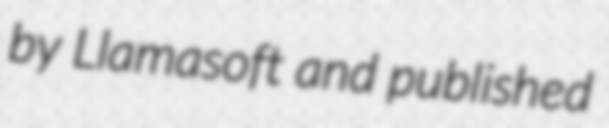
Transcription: by Llamasoft and published